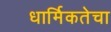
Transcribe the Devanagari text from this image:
धार्मिकतेचा